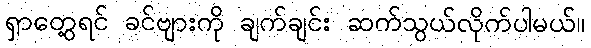
ရှာတွေ့ရင် ခင်ဗျားကို ချက်ချင်း ဆက်သွယ်လိုက်ပါမယ်။